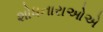
શોધનારાઓએ